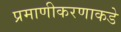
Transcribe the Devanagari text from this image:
प्रमाणीकरणाकडे